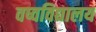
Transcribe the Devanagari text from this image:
वष्वविद्यालय